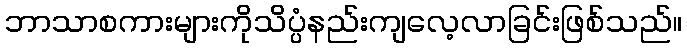
ဘာသာစကားများကိုသိပ္ပံနည်းကျလေ့လာခြင်းဖြစ်သည်။